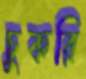
চুকরি